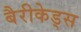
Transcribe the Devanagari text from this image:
बैरीकेड्स